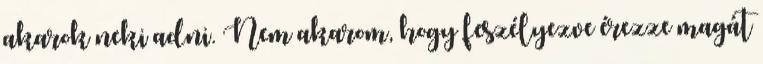
akarok neki adni. Nem akarom, hogy feszélyezve érezze magát